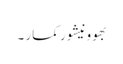
بھوونیشور کمار ۔